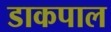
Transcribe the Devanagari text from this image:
डाकपाल